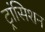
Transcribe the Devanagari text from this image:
ट्रांसिशन